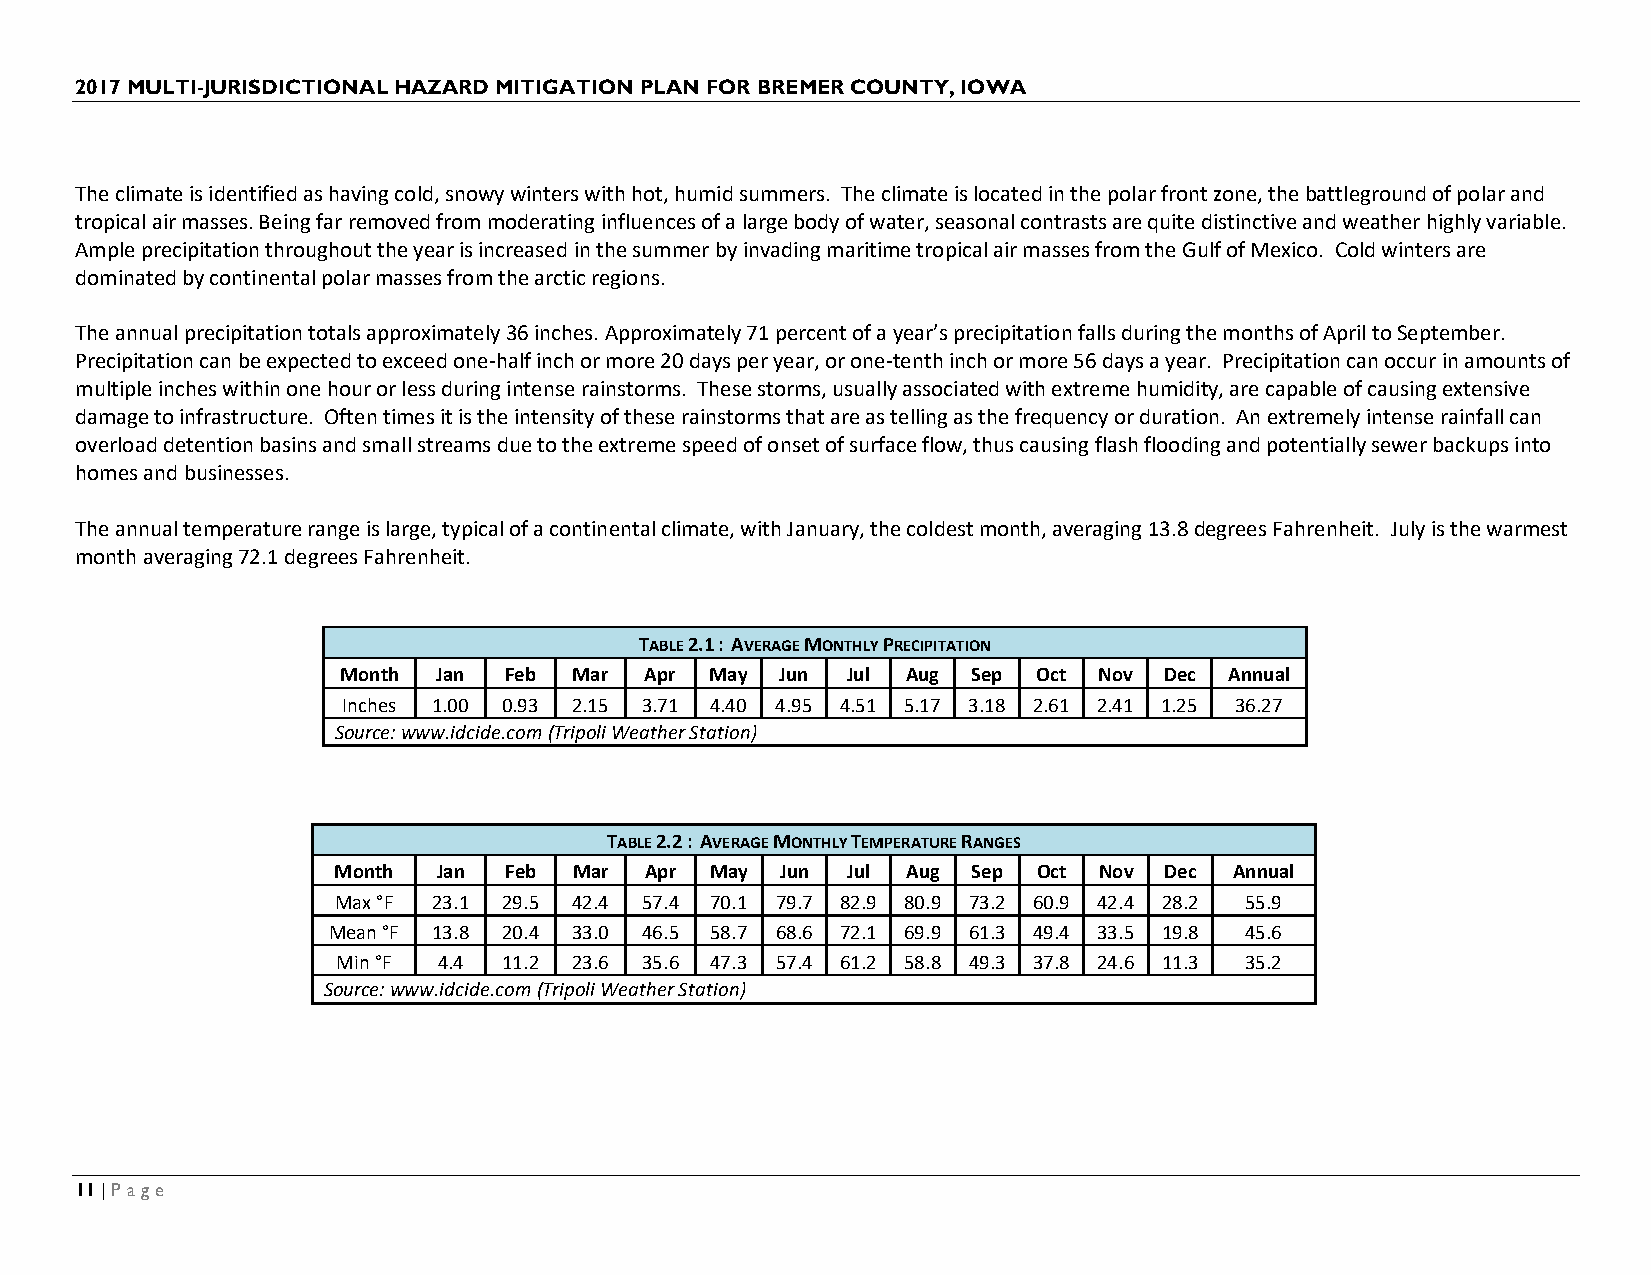
2017 MULTI-JURISDICTIONAL HAZARD MITIGATION PLAN FOR BREMER COUNTY, IOWA
 The climate is identified as having cold, snowy winters with hot, humid summers. The climate is located in the polar front zone, the battleground of polar and
 tropical air masses. Being far removed from moderating influences of a large body of water, seasonal contrasts are quite distinctive and weather highly variable.
 Ample precipitation throughout the year is increased in the summer by invading maritime tropical air masses from the Gulf of Mexico. Cold winters are
 dominated by continental polar masses from the arctic regions.
 The annual precipitation totals approximately 36 inches. Approximately 71 percent of a year’s precipitation falls during the months of April to September.
 Precipitation can be expected to exceed one-half inch or more 20 days per year, or one-tenth inch or more 56 days a year. Precipitation can occur in amounts of
 multiple inches within one hour or less during intense rainstorms. These storms, usually associated with extreme humidity, are capable of causing extensive
 damage to infrastructure. Often times it is the intensity of these rainstorms that are as telling as the frequency or duration. An extremely intense rainfall can
 overload detention basins and small streams due to the extreme speed of onset of surface flow, thus causing flash flooding and potentially sewer backups into
 homes and businesses.
 The annual temperature range is large, typical of a continental climate, with January, the coldest month, averaging 13.8 degrees Fahrenheit. July is the warmest
 month averaging 72.1 degrees Fahrenheit.
 TABLE 2.1 : AVERAGE MONTHLY PRECIPITATION
 Month  Jan Feb  Mar  Apr May  Jun Jul Aug Sep  Oct Nov Dec Annual
 Inches 1.00 0.93 2.15 3.71 4.40 4.95 4.51 5.17 3.18 2.61 2.41 1.25 36.27
 Source: www.idcide.com (Tripoli Weather Station)
 TABLE 2.2 : AVERAGE MONTHLY TEMPERATURE RANGES
 Month  Jan Feb  Mar  Apr May  Jun Jul Aug Sep  Oct Nov Dec  Annual
 Max °F 23.1 29.5 42.4 57.4 70.1 79.7 82.9 80.9 73.2 60.9 42.4 28.2 55.9
 Mean °F 13.8 20.4 33.0 46.5 58.7 68.6 72.1 69.9 61.3 49.4 33.5 19.8 45.6
 Min °F 4.4 11.2 23.6 35.6 47.3 57.4 61.2 58.8 49.3 37.8 24.6 11.3 35.2
 Source: www.idcide.com (Tripoli Weather Station)
 11 | Page